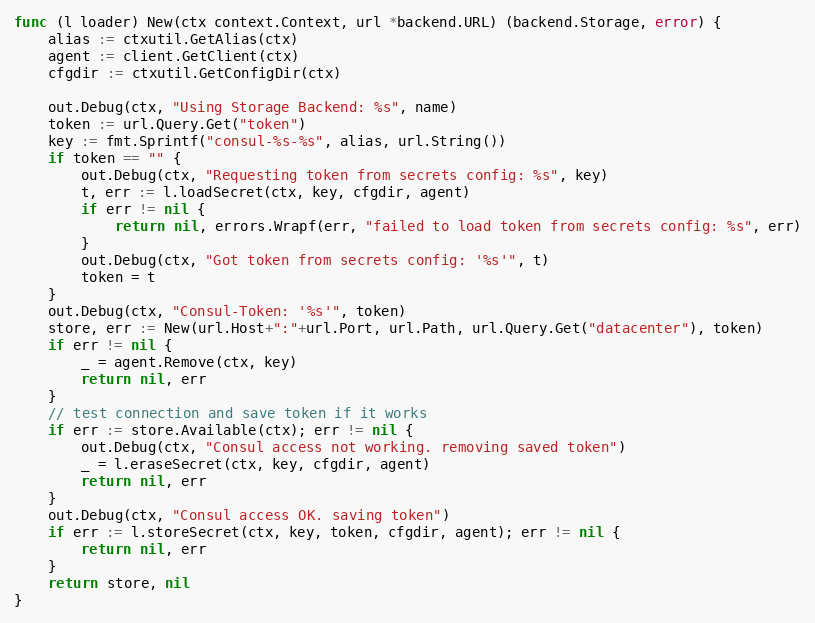
Language: Go
func (l loader) New(ctx context.Context, url *backend.URL) (backend.Storage, error) {
	alias := ctxutil.GetAlias(ctx)
	agent := client.GetClient(ctx)
	cfgdir := ctxutil.GetConfigDir(ctx)

	out.Debug(ctx, "Using Storage Backend: %s", name)
	token := url.Query.Get("token")
	key := fmt.Sprintf("consul-%s-%s", alias, url.String())
	if token == "" {
		out.Debug(ctx, "Requesting token from secrets config: %s", key)
		t, err := l.loadSecret(ctx, key, cfgdir, agent)
		if err != nil {
			return nil, errors.Wrapf(err, "failed to load token from secrets config: %s", err)
		}
		out.Debug(ctx, "Got token from secrets config: '%s'", t)
		token = t
	}
	out.Debug(ctx, "Consul-Token: '%s'", token)
	store, err := New(url.Host+":"+url.Port, url.Path, url.Query.Get("datacenter"), token)
	if err != nil {
		_ = agent.Remove(ctx, key)
		return nil, err
	}
	// test connection and save token if it works
	if err := store.Available(ctx); err != nil {
		out.Debug(ctx, "Consul access not working. removing saved token")
		_ = l.eraseSecret(ctx, key, cfgdir, agent)
		return nil, err
	}
	out.Debug(ctx, "Consul access OK. saving token")
	if err := l.storeSecret(ctx, key, token, cfgdir, agent); err != nil {
		return nil, err
	}
	return store, nil
}